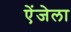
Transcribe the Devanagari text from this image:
ऐंजेला